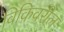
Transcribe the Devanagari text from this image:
विकिवरील